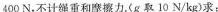
400N，不计绳重和摩擦力。(g取10N/kg)求：